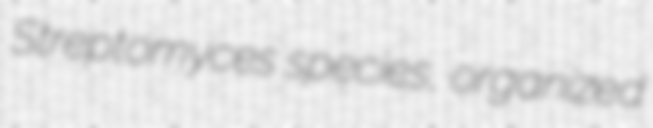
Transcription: Streptomyces species, organized